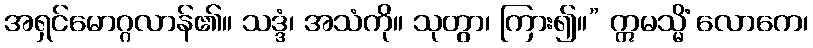
အရှင်မောဂ္ဂလာန်၏။ သဒ္ဒံ၊ အသံကို။ သုတွာ၊ ကြား၍။” ဣမသ္မိံ လောကေ၊